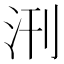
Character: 𭯿